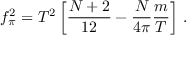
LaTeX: f _ { \pi } ^ { 2 } = T ^ { 2 } \left[ \frac { N + 2 } { 1 2 } - \frac { N } { 4 \pi } \frac { m } { T } \right] \, .